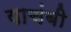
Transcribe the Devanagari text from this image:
याचंबी